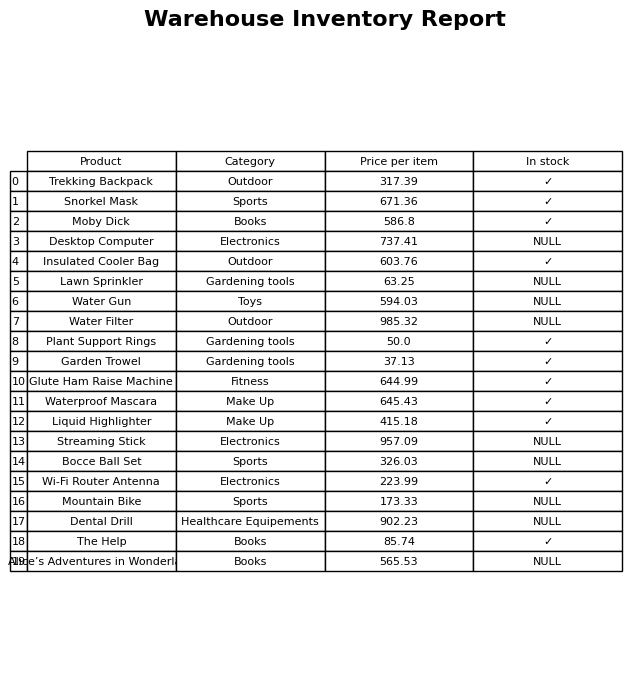
question: What is the price for Mountain Bike?
answer: The price of Mountain Bike is 173.33.